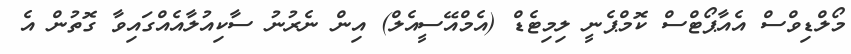
މޯލްޑިވްސް އެއާޕޯޓްސް ކޮމްޕެނީ ލިމިޓެޑް (އެމްއޭސީއެލް) އިން ނެރުނު ސާކިއުލާއެއްގައިވާ ގޮތުން އެ